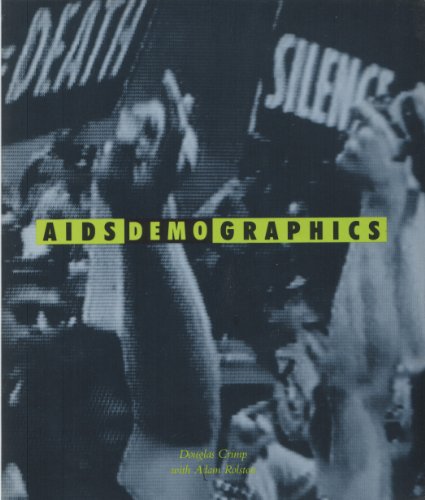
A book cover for AIDS Demo Graphics; Douglas Crimp; Health, Fitness & Dieting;